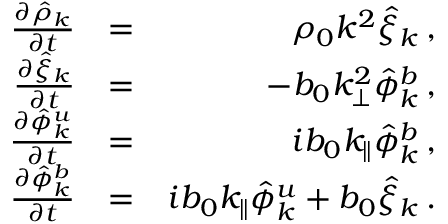
\begin{array} { r l r } { { \frac { \partial \hat { \rho } _ { k } } { \partial t } } } & { = } & { \rho _ { 0 } k ^ { 2 } \hat { \xi } _ { k } \, , } \\ { { \frac { \partial \hat { \xi } _ { k } } { \partial t } } } & { = } & { - b _ { 0 } k _ { \perp } ^ { 2 } \hat { \phi } _ { k } ^ { b } \, , } \\ { { \frac { \partial \hat { \phi } _ { k } ^ { u } } { \partial t } } } & { = } & { i b _ { 0 } k _ { \parallel } \hat { \phi } _ { k } ^ { b } \, , } \\ { { \frac { \partial \hat { \phi } _ { k } ^ { b } } { \partial t } } } & { = } & { i b _ { 0 } k _ { \parallel } \hat { \phi } _ { k } ^ { u } + b _ { 0 } \hat { \xi } _ { k } \, . } \end{array}